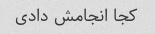
کجا انجامش دادی